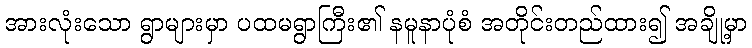
အားလုံးသော ရွာများမှာ ပထမရွာကြီး၏ နမူနာပုံစံ အတိုင်းတည်ထား၍ အချို့မှာ